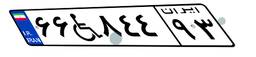
۶۶W۸۴۴۹۳